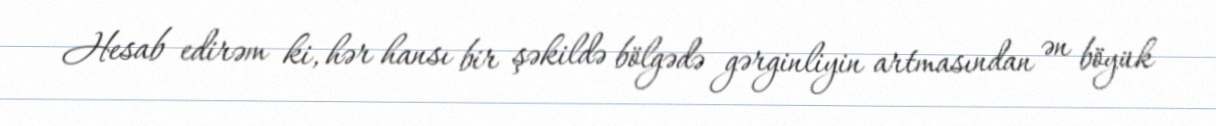
Hesab edirəm ki, hər hansı bir şəkildə bölgədə gərginliyin artmasından ən böyük